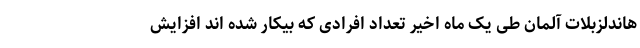
هاندلزبلات آلمان طی یک ماه اخیر تعداد افرادی که بیکار شده اند افزایش